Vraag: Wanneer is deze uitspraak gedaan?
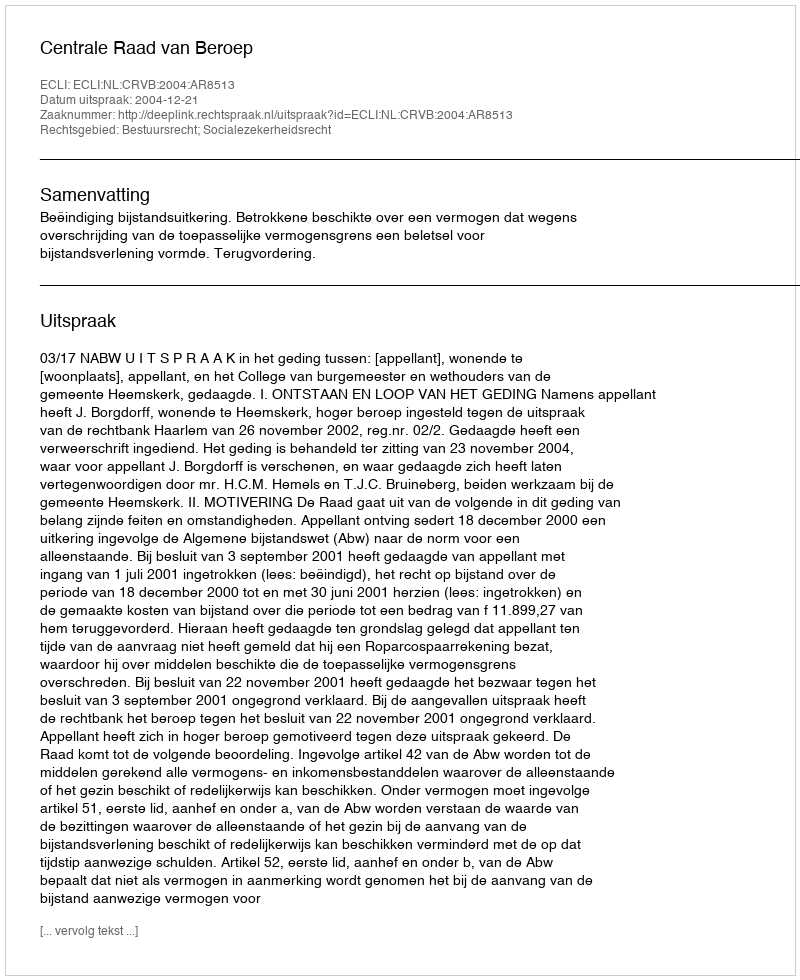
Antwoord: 2004-12-21